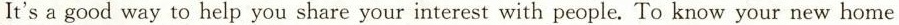
It's a good way to help you share your interest with people. To know your new home